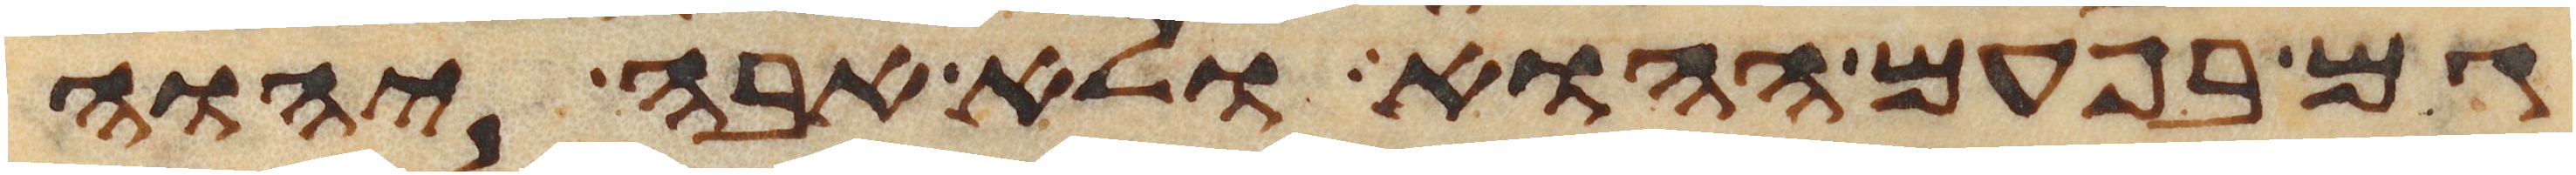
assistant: גם בפעם ההוא ולא אבה יהוה